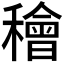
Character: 𥢶